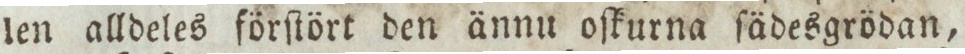
len alldeles förſtört den ännu oſkurna ſädesgrödan,